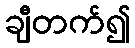
ချီတက်၍